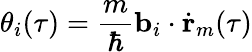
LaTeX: \theta_{i}(\tau)=\frac{m}{\hbar}\textbf{b}_{i}\cdot\dot{\textbf{r}}_{m}(\tau)